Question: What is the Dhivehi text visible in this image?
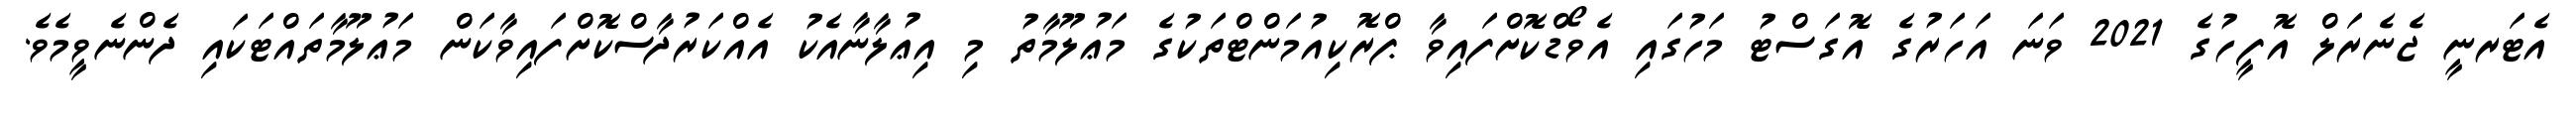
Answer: އެޓަރނީ ޖެނެރަލް އޮފީހުގެ 2021 ވަނަ އަހަރުގެ އޮގަސްޓު މަހުގައި އެވޯޑްކޮށްފައިވާ ޕްރޮކިއުމަންޓްތަކުގެ މަޢުލޫމާތު މި އިޢުލާނާއެކު އެއްކަރުދާސްކޮށްފައިވާކަން މަޢުލޫމާތައްޓަކައި ދެންނެވީމެވެ.